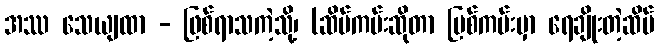
အဿ သေယျထာ - ဖြစ်ရာသကဲ့သို့၊ (ဆိပ်ကမ်းဆိုတာ မြစ်ကမ်းမှာ ရေချိုးတဲ့ဆိပ်